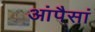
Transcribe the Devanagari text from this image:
आंपैसां